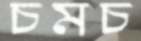
চমচ